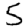
Digit: 5